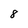
Character: 8